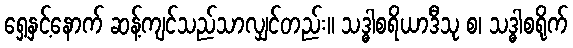
ရှေ့နှင့်နောက် ဆန့်ကျင်သည်သာလျှင်တည်း။ သဒ္ဓါစရိယာဒီသု စ၊ သဒ္ဓါစရိုက်